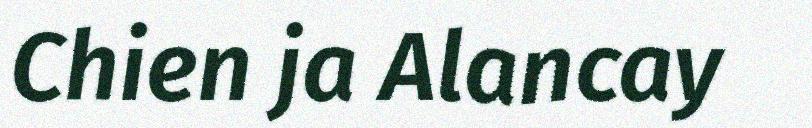
Chien ja Alancay